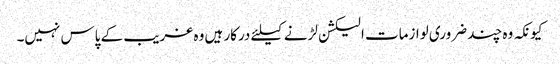
کیونکہ وہ چند ضروری لوازمات الیکشن لڑنے کیلئے درکار ہیں وہ غریب کے پاس نہیں۔